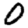
Digit: 0